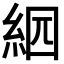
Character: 𦀄